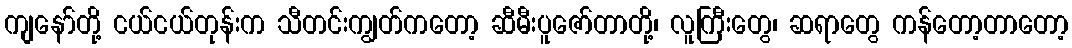
ကျနော်တို့ ငယ်ငယ်တုန်းက သီတင်းကျွတ်ကတော့ ဆီမီးပူဇော်တာတို့၊ လူကြီးတွေ၊ ဆရာတွေ ကန်တော့တာတော့